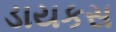
ડાયકસ